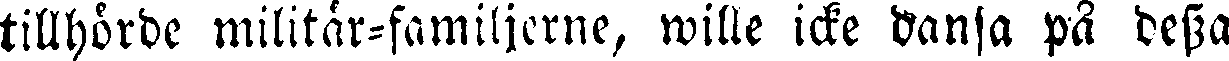
tillhörde militär-familjerne, wille icke Vanja på dessa